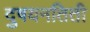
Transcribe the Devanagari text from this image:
दुषयनतिती